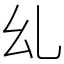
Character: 乣